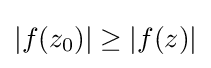
|f(z_{0})|\geq |f(z)|